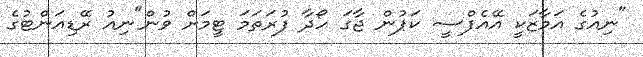
"ނިއުގެ އަމާޒަކީ އޭއެފްސީ ކަޕުން ޖާގަ ހޯދާ ފުރަތަމަ ޓީމަށް ވުން"ނިއު ރޭޑިއަންޓުގެ